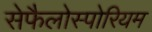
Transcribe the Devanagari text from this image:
सेफैलोस्पोरियम